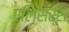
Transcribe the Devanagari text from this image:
एलिसर्स